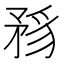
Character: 𥍪